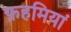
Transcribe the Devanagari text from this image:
फ़हमियां